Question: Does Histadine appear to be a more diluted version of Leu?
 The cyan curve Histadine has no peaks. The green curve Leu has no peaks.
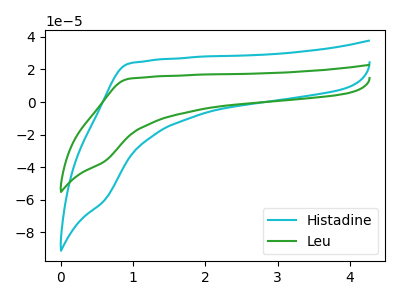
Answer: <think>Neither "Histadine" or "Leu" have any peaks.
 </think>
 <answer>I cant tell if "Histadine" or "Leu" has higher concentration.</answer>
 <eval>mixed_concentration</eval>